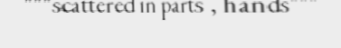
"""scattered in parts , hands"""